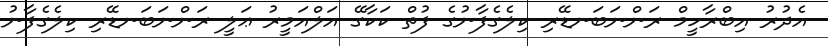
އެދުރު އިބްރާހީމް ރަންނަބަނޑޭރި ކިލެގެފާނުގެ ފުތް ކަކާގޭ އަލްއަމީރު ޢަލީ ރަންނަބަނޑޭރި ކިލެގެފާނު